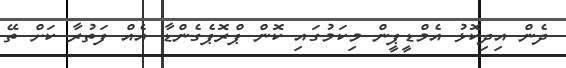
ދެން އިދިކޮޅު އެމްޑީޕީން މިކަމުގައި ކޮން ޕްރޮޕެގެންޑާ އެއް ފަތުރާ ކަށް ތޭ